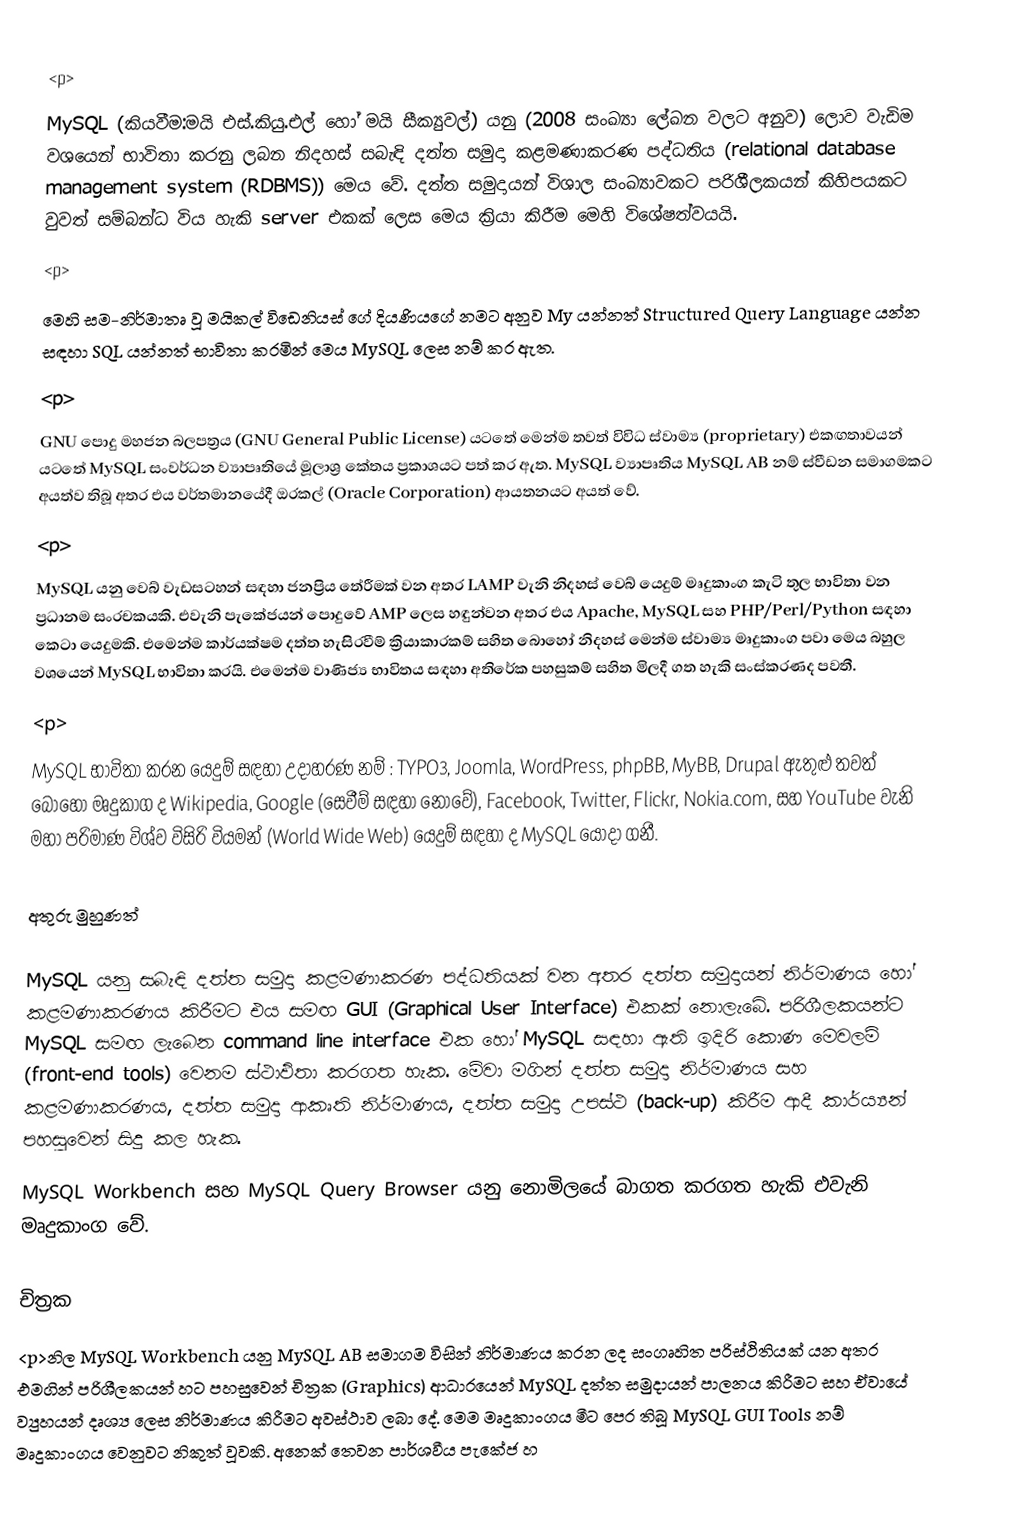
<p>
MySQL (කියවීම:මයි එස්.කියු.එල් හෝ මයි සීක්‍යුවල්) යනු (2008 සංඛ්‍යා ලේඛන වලට අනුව) ලොව වැඩිම වශයෙන් භාවිතා කරනු ලබන නිදහස් සබැඳි දත්ත සමුදා කළමණාකරණ පද්ධතිය (relational database management system (RDBMS)) මෙය වේ. දත්ත සමුදායන් විශාල සංඛ්‍යාවකට පරිශීලකයන් කිහිපයකට වුවත් සම්බන්ධ විය හැකි server එකක් ලෙස මෙය ක්‍රියා කිරීම මෙහි විශේෂත්වයයි.
<p>
මෙහි සම-නිර්මාතෘ වූ මයිකල් විඩෙනියස් ගේ දියණියගේ නමට අනුව My යන්නත් Structured Query Language යන්න සඳහා SQL යන්නත් භාවිතා කරමින් මෙය MySQL ලෙස නම් කර ඇත.
<p>
GNU පොදු මහජන බලපත්‍රය (GNU General Public License) යටතේ මෙන්ම තවත් විවිධ ස්වාම්‍ය (proprietary) එකඟතාවයන් යටතේ MySQL සංවර්ධන ව්‍යාපෘතියේ මූලාශ්‍ර කේතය ප්‍රකාශයට පත් කර ඇත. MySQL ව්‍යාපෘතිය MySQL AB නම් ස්වීඩන සමාගමකට අයත්ව තිබූ අතර එය වර්තමානයේදී ඔරකල් (Oracle Corporation) ආයතනයට අයත් වේ.
<p>
MySQL යනු වෙබ් වැඩසටහන් සඳහා ජනප්‍රිය තේරීමක් වන අතර LAMP වැනි නිදහස් වෙබ් යෙදුම් මෘදුකාංග කැටි තුල භාවිතා වන ප්‍රධානම සංරචකයකි. එවැනි පැකේජයන් පොදුවේ AMP ලෙස හඳුන්වන අතර එය Apache, MySQL සහ PHP/Perl/Python සඳහා කෙටා යෙදුමකි. එමෙන්ම කාර්යක්ෂම දත්ත හැසිරවීම් ක්‍රියාකාරකම් සහිත බොහෝ නිදහස් මෙන්ම ස්වාම්‍ය මෘදුකාංග පවා මෙය බහුල වශයෙන් MySQL භාවිතා කරයි. එමෙන්ම වාණිජ්‍ය භාවිතය සඳහා අතිරේක පහසුකම් සහිත මිලදී ගත හැකි සංස්කරණද පවතී.
<p>
MySQL භාවිතා කරන යෙදුම් සඳහා උදාහරණ නම් : TYPO3, Joomla, WordPress, phpBB, MyBB, Drupal ඇතුළු තවත් බොහෝ මෘදුකාග ද Wikipedia, Google (සෙවීම් සඳහා නොවේ), Facebook, Twitter, Flickr, Nokia.com, සහ YouTube වැනි මහා පරිමාණ විශ්ව විසිරි වියමන් (World Wide Web) යෙදුම් සඳහා ද MySQL යොදා ගනී.

අතුරු මුහුණත්

MySQL යනු සබැඳි දත්ත සමුදා කළමණාකරණ පද්ධතියක් වන අතර දත්ත සමුදායන් නිර්මාණය හෝ කළමණාකරණය කිරීමට එය සමඟ GUI (Graphical User Interface) එකක් නොලැබේ. පරිශීලකයන්ට MySQL සමඟ ලැබෙන command line interface එක හෝ MySQL සඳහා ඇති ඉදිරි කොණ මෙවලම් (front-end tools) වෙනම ස්ථාඵිතා කරගත හැක. මේවා මගින් දත්ත සමුදා නිර්මාණය සහ කළමණාකරණය, දත්ත සමුදා ආකෘති නිර්මාණය, දත්ත සමුදා උපස්ථ (back-up) කිරීම ආදී කාර්ය්‍යන් පහසුවෙන් සිදු කල හැක.
MySQL Workbench සහ MySQL Query Browser යනු නොමිලයේ බාගත කරගත හැකි එවැනි මෘදුකාංග වේ.

චිත්‍රක
<p>නිල MySQL Workbench යනු MySQL AB සමාගම විසින් නිර්මාණය කරන ලද සංගෘහිත පරිස්ථිතියක් යන අතර එමගින් පරිශීලකයන් හට පහසුවෙන් චිත්‍රක (Graphics) ආධාරයෙන් MySQL දත්ත සමුදායන් පාලනය කිරීමට සහ ඒවායේ ව්‍යුහයන් දෘශ්‍ය ලෙස නිර්මාණය කිරීමට අවස්ථාව ලබා දේ. මෙම මෘදුකාංගය මීට පෙර තිබූ MySQL GUI Tools නම් මෘදුකාංගය වෙනුවට නිකුත් වූවකි. අනෙක් තෙවන පාර්ශවීය පැකේජ හ